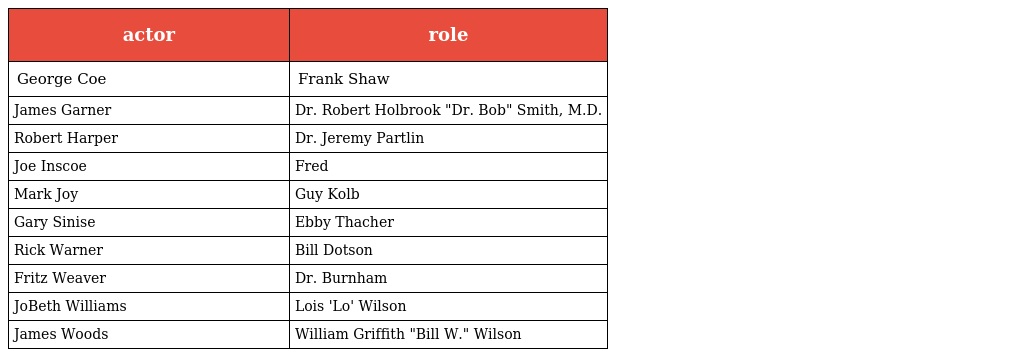
| actor | role |
 | --- | --- |
 | George Coe | Frank Shaw |
 | James Garner | Dr. Robert Holbrook "Dr. Bob" Smith, M.D. |
 | Robert Harper | Dr. Jeremy Partlin |
 | Joe Inscoe | Fred |
 | Mark Joy | Guy Kolb |
 | Gary Sinise | Ebby Thacher |
 | Rick Warner | Bill Dotson |
 | Fritz Weaver | Dr. Burnham |
 | JoBeth Williams | Lois 'Lo' Wilson |
 | James Woods | William Griffith "Bill W." Wilson |